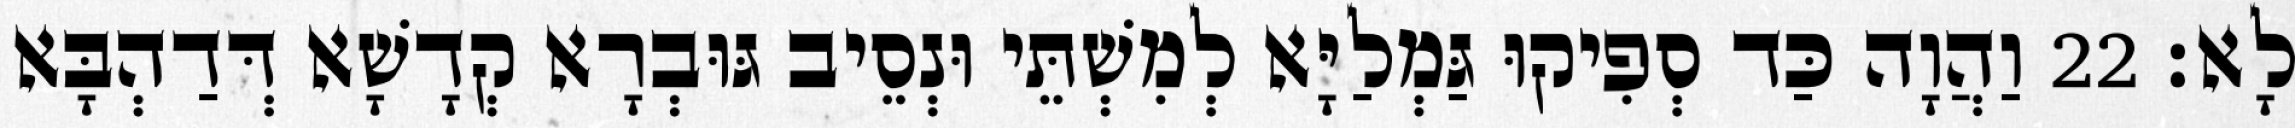
לָא׃ 22 וַהֲוָה כַּד סְפִיקוּ גַּמְלַיָּא לְמִשְׁתֵּי וּנְסֵיב גּוּבְרָא קְדָשָׁא דְּדַהְבָּא